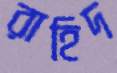
রাহিদ